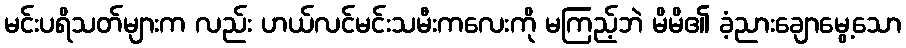
မင်းပရိသတ်များက လည်း ဟယ်လင်မင်းသမီးကလေးကို မကြည့်ဘဲ မိမိ၏ ခံ့ညားချောမွေ့သော